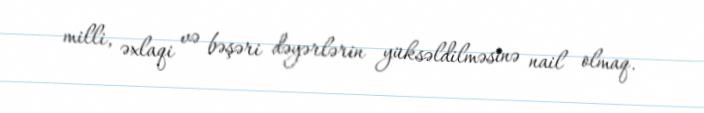
milli, əxlaqi və bəşəri dəyərlərin yüksəldilməsinə nail olmaq.